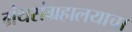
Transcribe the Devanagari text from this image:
ग्रंथसंग्रहालयाचा